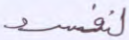
لنفسد